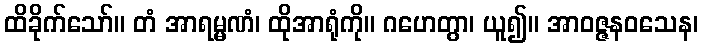
ထိခိုက်သော်။ တံ အာရမ္မဏံ၊ ထိုအာရုံကို။ ဂဟေတွာ၊ ယူ၍။ အာဝဇ္ဇနဝသေန၊